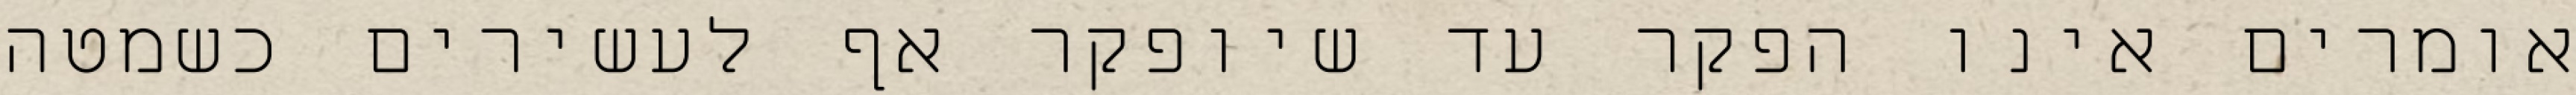
אומרים אינו הפקר עד שיופקר אף לעשירים כשמטה